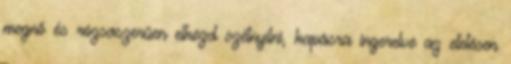
megnő és rózsaszerűen elkezd szétnyílni, kapásra ingerelve az etetésen